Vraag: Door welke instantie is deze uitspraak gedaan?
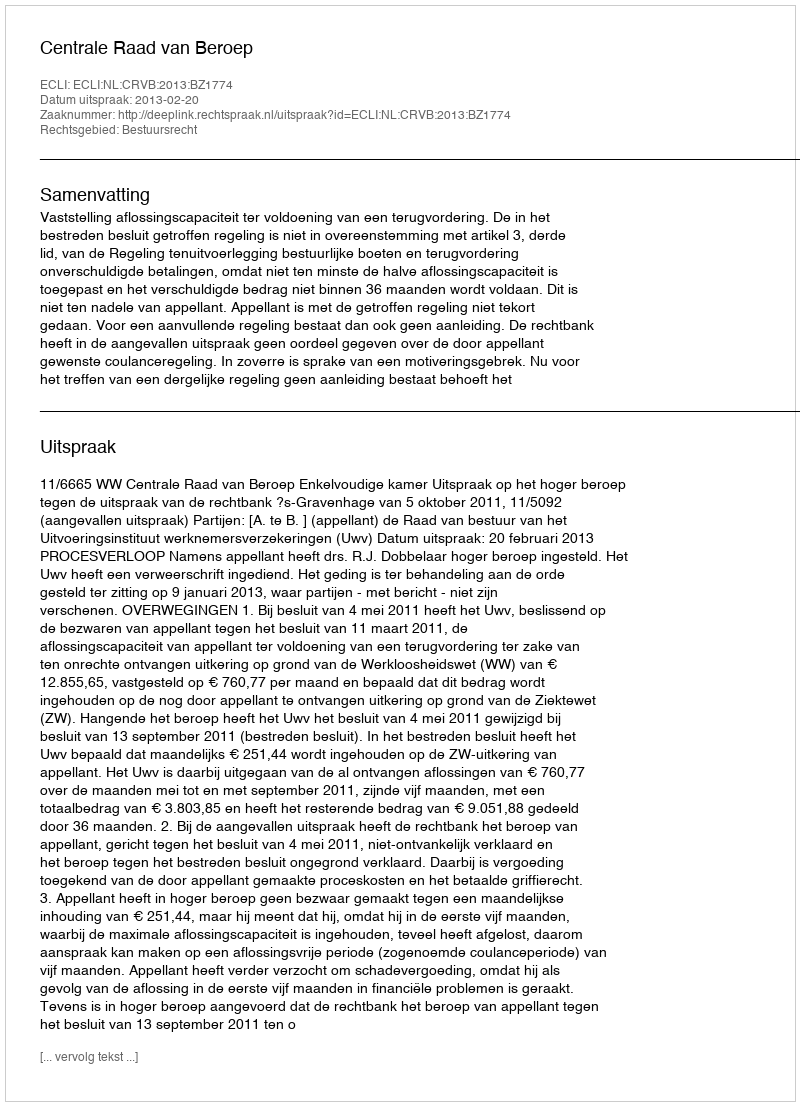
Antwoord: Centrale Raad van Beroep